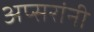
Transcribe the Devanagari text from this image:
अप्सरांनी